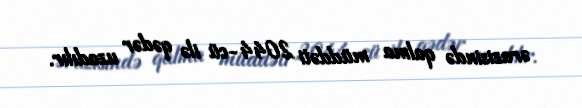
ərazisində qalma müddəti 2044-cü ilə qədər uzadılır.